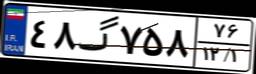
۴۸گ۷۵۸۷۶